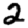
Digit: 2